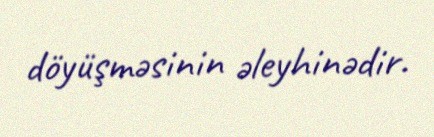
döyüşməsinin əleyhinədir.